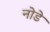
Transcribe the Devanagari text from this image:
नोडे